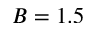
B = 1 . 5